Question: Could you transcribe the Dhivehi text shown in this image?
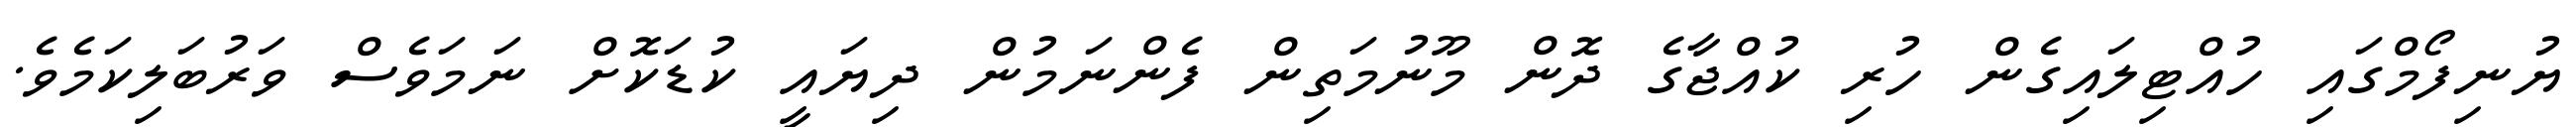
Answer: ޔުނިފޯމްގައި ހުއްޓިލައިގެން ހުރި ކުއްޖާގެ ދޮން މޫނުމަތިން ފެންނަމުން ދިޔައީ ކުޑަކޮށް ނަމަވެސް ވަރުބަލިކަމެވެ.